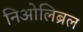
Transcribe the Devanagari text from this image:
निओलिब्रल